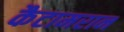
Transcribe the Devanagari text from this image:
कैटामरान